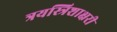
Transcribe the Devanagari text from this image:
त्रयस्त्रिशाक्षरी